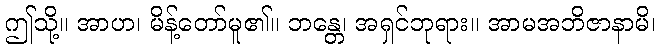
ဤသို့။ အာဟ၊ မိန့်တော်မူ၏။ ဘန္တေ၊ အရှင်ဘုရား။ အာမအဘိဇာနာမိ၊